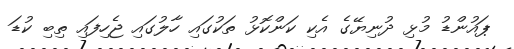
ޕައުންޑު މުޅި ދުނިޔޭގެ އެކި ކަންކޮޅު ތަކުގައި ހާލުގައި ޖެހިފައި ތިބި ކުޑަ